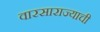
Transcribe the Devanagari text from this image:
वारसाराज्याची